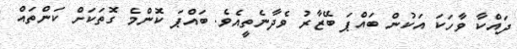
ދައްކާ ވާހަކަ އަކުން ބައްޕަ ބޭޒާރު ވެދާނެތީއެވެ. ބައްޕަ ކޮންމެ ގޮތަކަށް ކަންތައް